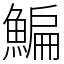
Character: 鯿